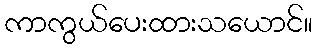
ကာကွယ်ပေးထားသယောင်။